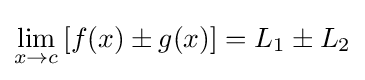
\lim _{x\to c}\,[f(x)\pm g(x)]=L_{1}\pm L_{2}